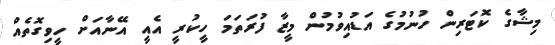
މިޝާގެ ކޮޓަރިން ހުނުމުގެ އަޑުއިވުމުން މީޒާ ފުރަތަމަ ހީކުރީ އެއީ އޭނާއަށް ހީވިގޮތެއް